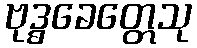
ဗုဒ္ဓခေတ္တေသု